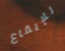
للإيقاع